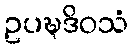
ဥပဍ္ဎဒိဝသံ